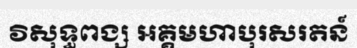
វិសុទ្ធពង្ស អគ្គមហាបុរសរតន៍